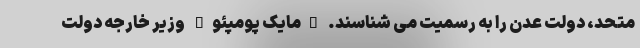
متحد، دولت عدن را به رسمیت می شناسند. "مایک پومپئو" وزیر خارجه دولت